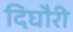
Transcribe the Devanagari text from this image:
दिघौरी